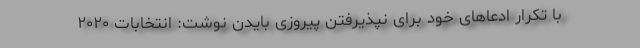
با تکرار ادعاهای خود برای نپذیرفتن پیروزی بایدن نوشت: انتخابات ۲۰۲۰